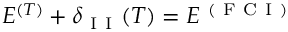
E ^ { ( T ) } + \delta _ { \mathrm { ~ I ~ I ~ } } ( T ) = E ^ { \mathrm { ~ ( ~ F ~ C ~ I ~ ) ~ } }